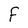
Character: F